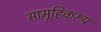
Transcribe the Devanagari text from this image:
सामूहिकरूप